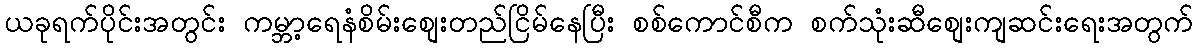
ယခုရက်ပိုင်းအတွင်း ကမ္ဘာ့ရေနံစိမ်းစျေးတည်ငြိမ်နေပြီး စစ်ကောင်စီက စက်သုံးဆီစျေးကျဆင်းရေးအတွက်